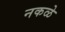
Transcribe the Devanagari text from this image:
नकळे